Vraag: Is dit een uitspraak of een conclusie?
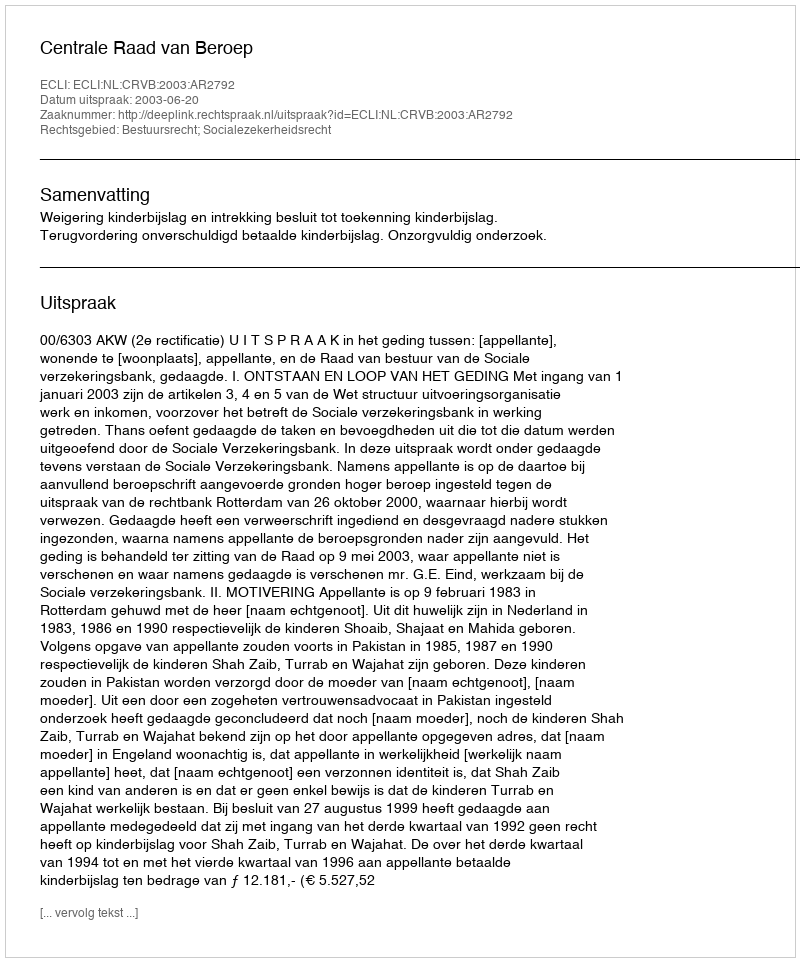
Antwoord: Uitspraak